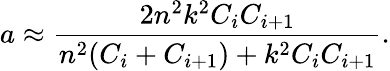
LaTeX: a\approx\frac{2n^{2}k^{2}C_{i}C_{i+1}}{n^{2}(C_{i}+C_{i+1})+k^{2}C_{i}C_{i+1}}.